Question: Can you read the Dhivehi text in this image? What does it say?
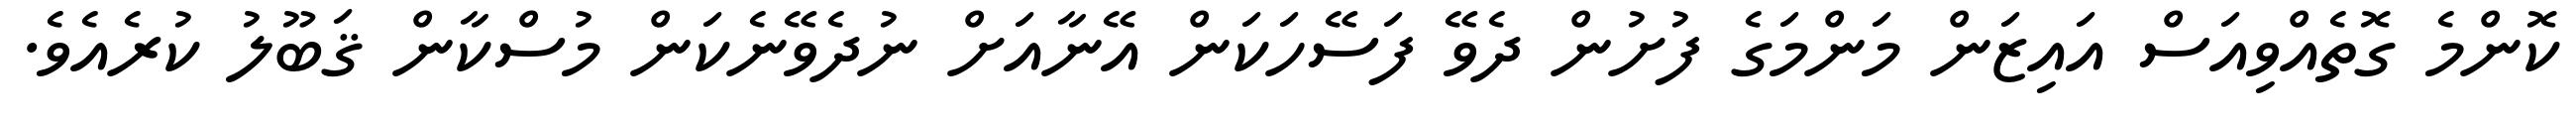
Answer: ކޮންމެ ގޮތެއްވިއަސް އައިޒަން މަންމަގެ ފުށުން ދެވޭ ފަސޭހަކަން އޭނާއަށް ނުދެވޭނެކަން މުސްކާން ޤަބޫލު ކުރެއެވެ.